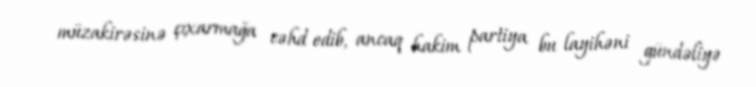
müzakirəsinə çıxarmağa cəhd edib, ancaq hakim partiya bu layihəni gündəliyə